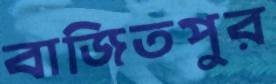
বাজিতপুর